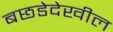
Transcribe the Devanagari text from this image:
बछडेदेखील